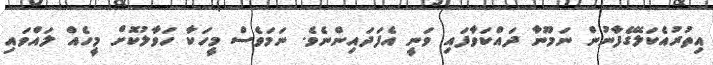
އިތުރުއެކަލޭގެފާނުން ނަމޫނާ ދައްކަވާފައި ވަނީ އެފަދައިންނެވެ. ނަމަވެސް މީހަކާ ހަވާލުކޮށް މީހެއް ލައްވައި